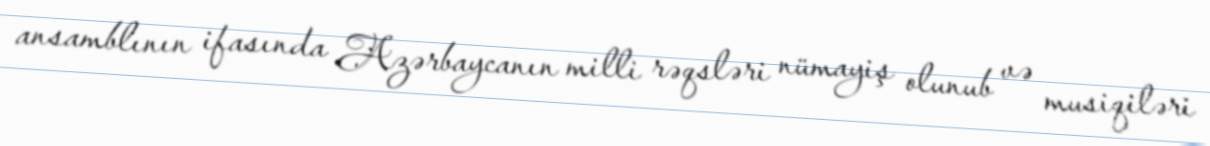
ansamblının ifasında Azərbaycanın milli rəqsləri nümayiş olunub və musiqiləri